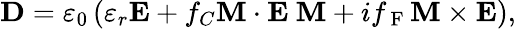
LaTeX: \mathbf{D}=\varepsilon_{0}\left(\varepsilon_{r}\mathbf{E}+f_{C}\mathbf{M}\cdot\mathbf{E}\ \mathbf{M}+if_{\mathrm{~F~}}\mathbf{M}\times\mathbf{E}\right),